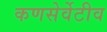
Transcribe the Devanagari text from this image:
कणसेर्वेटीव